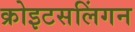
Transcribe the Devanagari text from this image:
क्रोइटसलिंगन